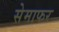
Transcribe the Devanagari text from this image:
सेमाफर